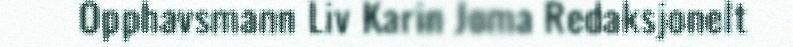
Opphavsmann Liv Karin Joma Redaksjonelt